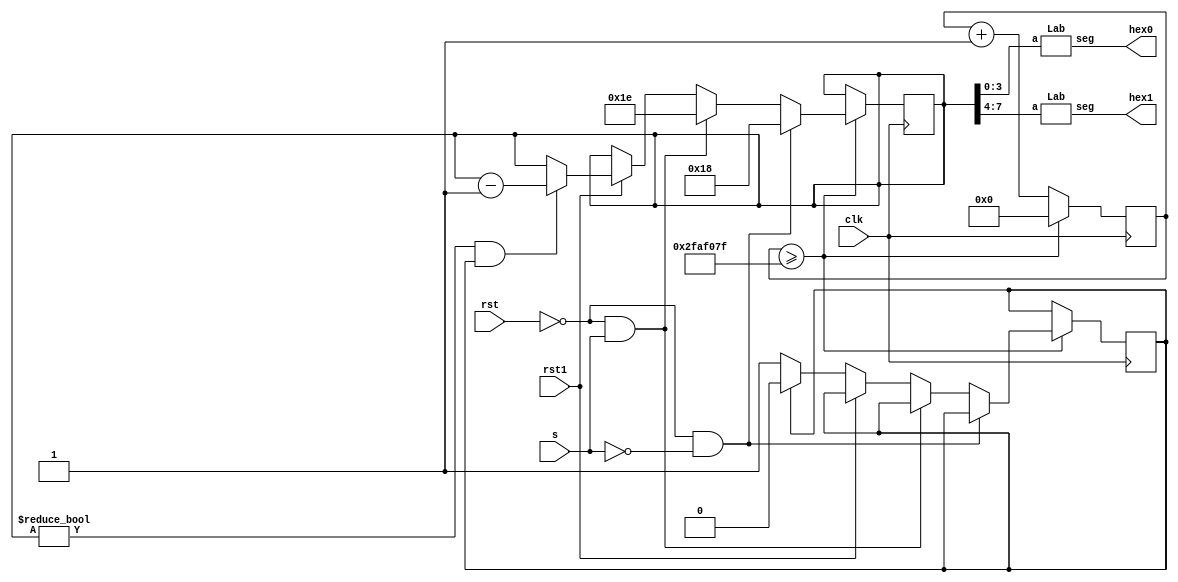
`timescale 1ps/1ps
module Lab4(s,clk,rst,rst1,hex0,hex1 );

input clk;
input rst,s,rst1;
output [0:6]hex0,hex1;

reg [7:0] Q;
reg [7:0] Q_temp;
reg enable;
wire new_clk;
initial	Q = 5'b11000;
initial	enable = 1'b1;

reg[31:0] count = 32'd0;
parameter D = 32'd50000000;  // decrease little to slow

always @(posedge clk)
begin
	count <= count + 32'd1;
	if (count >= D-1)
	begin
	 count <= 32'd0;
    if (rst == 1'b0 && s==0)
        Q <= 5'b11000;
	 else if (rst == 1'b0 && s==1)
	     Q <= 5'b11110;
	 else if (rst1 == 0)
	 begin 
		  if (enable == 1)
		   enable <= 0;
		  else
		   enable <= 1;
	 end
    else if(Q != 0 && enable == 1)  // can I use switch to stop clock?
        Q <= Q - 1'b1;
	end
end

assign cout = (count < D/2) ? 1'b0 : 1'b1;  // increase little to slow

   Lab l0(Q[3:0],hex0);
	Lab l1(Q[7:4],hex1);

endmodule

// hex display from lab 2
module Lab(a,seg);

   input [0:3]a;
   output [0:6]seg;
	hex zero(seg,a);
	
endmodule

module hex(out,H);

  input  [3:0] H;
  output [6:0]out;

	assign out[0] = (~H[3]&~H[2]&~H[1]&H[0])|(~H[3]&H[2]&~H[1]&~H[0])|(H[3]&~H[2]&H[1]&H[0])|(H[3]&H[2]&~H[1]&H[0]);
	assign out[1] = (~H[3]&H[2]&~H[1]&H[0])|(~H[3]&H[2]&H[1]&~H[0])|(H[3]&~H[2]&H[1]&H[0])|(H[3]&H[2]&~H[1]&~H[0])|(H[3]&H[2]&H[1]&~H[0])|(H[3]&H[2]&H[1]&H[0]);
	assign out[2] = (~H[3]&~H[2]&H[1]&~H[0])|(H[3]&H[2]&~H[1]&~H[0])|(H[3]&H[2]&H[1]&~H[0])|(H[3]&H[2]&H[1]&H[0]);
	assign out[3] = (~H[3]&~H[2]&~H[1]&H[0])|(~H[3]&H[2]&~H[1]&~H[0])|(~H[3]&H[2]&H[1]&H[0])|(H[3]&~H[2]&~H[1]&H[0])|(H[3]&~H[2]&H[1]&~H[0])|(H[3]&H[2]&H[1]&H[0]);
	assign out[4] = (~H[3]&~H[2]&~H[1]&H[0])|(~H[3]&~H[2]&H[1]&H[0])|(~H[3]&H[2]&~H[1]&~H[0])|(~H[3]&H[2]&~H[1]&H[0])|(~H[3]&H[2]&H[1]&H[0])|(H[3]&~H[2]&~H[1]&H[0]);
	assign out[5] = (~H[3]&~H[2]&~H[1]&H[0])|(~H[3]&~H[2]&H[1]&~H[0])|(~H[3]&~H[2]&H[1]&H[0])|(~H[3]&H[2]&H[1]&H[0])|(H[3]&H[2]&~H[1]&H[0]);
	assign out[6] = (~H[3]&~H[2]&~H[1]&~H[0])|(~H[3]&~H[2]&~H[1]&H[0])|(~H[3]&H[2]&H[1]&H[0])|(H[3]&H[2]&~H[1]&~H[0]);


endmodule